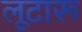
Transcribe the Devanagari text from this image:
लूटारू